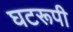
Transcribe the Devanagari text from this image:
घटरूपी